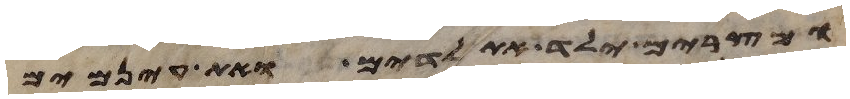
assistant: ומצרים ילד את לדים ואת עינמים